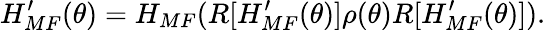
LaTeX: H_{MF}^{\prime}(\theta)=H_{MF}(R[H_{MF}^{\prime}(\theta)]\rho(\theta)R[H_{MF}^{\prime}(\theta)]).